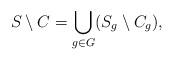
LaTeX: \begin{align*}S\setminus C=\bigcup_{g\in G} (S_{g}\setminus C_{g}),\end{align*}